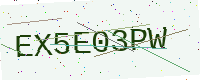
Text: EX5E03PW